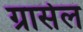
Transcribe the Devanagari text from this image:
ग्रासेल